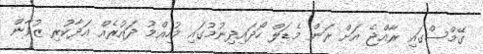
ގޭމްސްގައި ރާއްޖެ އަށް ރަން މެޑަލް ހޯދައިދިނުމުގައި މުހިއްމު ދައުރެއް އަދާކުރި ޒުވާން